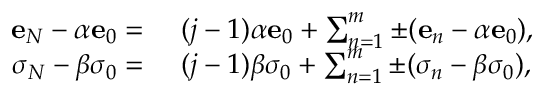
\begin{array} { r l } { \mathbf { e } _ { N } - \alpha \mathbf { e } _ { 0 } = ~ } & { ( j - 1 ) \alpha \mathbf { e } _ { 0 } + \sum _ { n = 1 } ^ { m } \pm ( \mathbf { e } _ { n } - \alpha \mathbf { e } _ { 0 } ) , } \\ { \sigma _ { N } - \beta \sigma _ { 0 } = ~ } & { ( j - 1 ) \beta \sigma _ { 0 } + \sum _ { n = 1 } ^ { m } \pm ( \sigma _ { n } - \beta \sigma _ { 0 } ) , } \end{array}